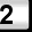
Digit: 2